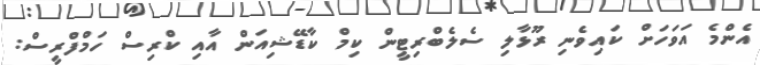
އެންމެ އަވަހަށް ކައިވެނި ރޫޅާލި ސެލެބްރިޓީން ކިމް ކާޑޭޝިއަން އާއި ކްރިސް ހަމްފްރީސް: